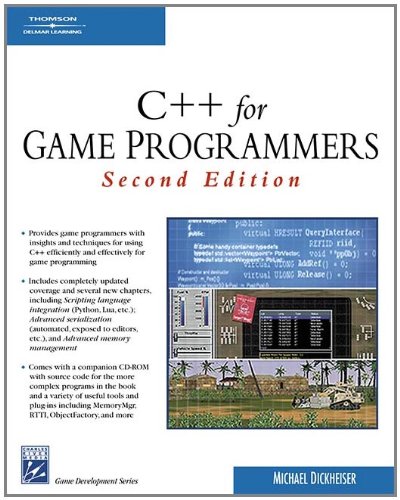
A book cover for C++ For Game Programmers (Game Development Series); Mike Dickheiser; Computers & Technology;